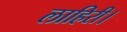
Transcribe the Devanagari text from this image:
लाहिरी।